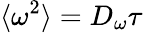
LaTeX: \langle\omega^{2}\rangle=D_{\omega}\tau